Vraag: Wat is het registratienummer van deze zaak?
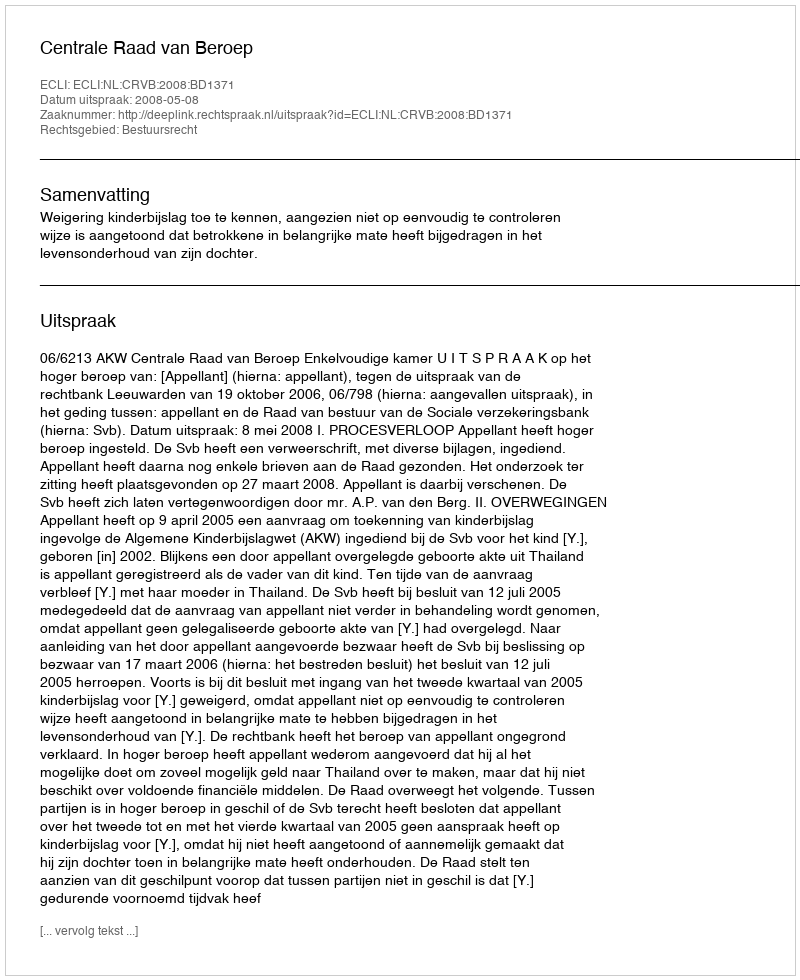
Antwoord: http://deeplink.rechtspraak.nl/uitspraak?id=ECLI:NL:CRVB:2008:BD1371